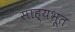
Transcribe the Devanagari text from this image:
साह्यभूत